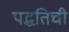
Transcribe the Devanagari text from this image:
पद्धतिची